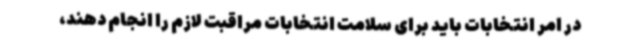
در امر انتخابات باید برای سلامت انتخابات مراقبت لازم را انجام دهند،